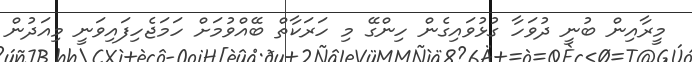
މީރާއިން ބުނީ ދުވަހާ ގުޅުވައިގެން ހިންގޭ މި ހަރަކާތް ބޭއްވުމަށް ހަމަޖެހިފައިވަނީ މިއަދުން